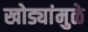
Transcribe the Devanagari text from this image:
खोड्यांमुळे